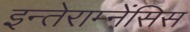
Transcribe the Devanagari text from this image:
इन्तेराम्नेंसिस